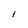
Character: l